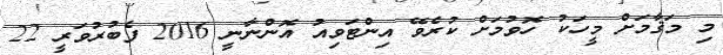
މި މަޤާމަށް މީހަކު ހޮވުމަށް ކުރެވޭ އިންޓަވިއު އޮންނާނީ 2016 ފެބުރުވަރީ 22